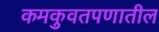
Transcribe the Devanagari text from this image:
कमकुवतपणातील